Problem: 6 × 5 = ?
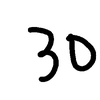
Handwritten answer: 30